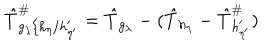
\hat { T } _ { g _ { \lambda } / h _ { \eta } / h _ { \eta ^ { \prime } } ^ { \prime } } ^ { \# } = \hat { T } _ { g _ { \lambda } } - ( \hat { T } _ { h _ { \eta } } - \hat { T } _ { h _ { \eta ^ { \prime } } ^ { \prime } } ^ { \# } )